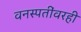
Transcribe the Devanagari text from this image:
वनस्पतींवरही